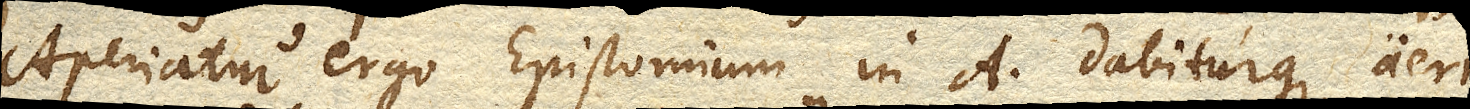
Aperiatur ergo Epistomium in A. dabiturque aeri